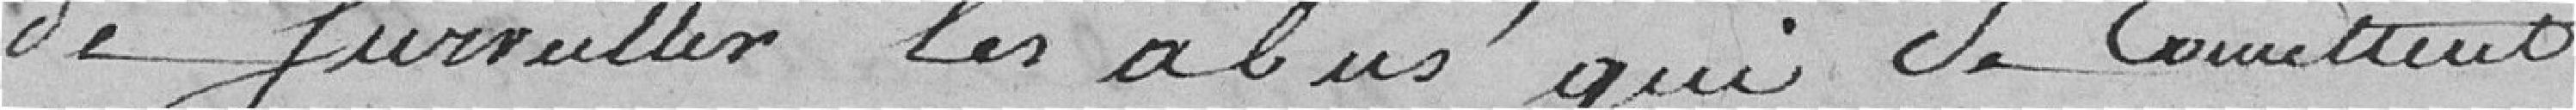
de surveiller les abus qui se commettent